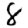
Digit: 8